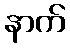
နာက်